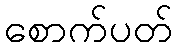
စောက်ပတ်